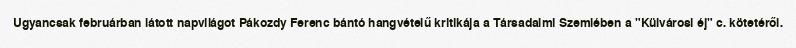
Ugyancsak februárban látott napvilágot Pákozdy Ferenc bántó hangvételű kritikája a Társadalmi Szemlében a "Külvárosi éj" c. kötetéről.